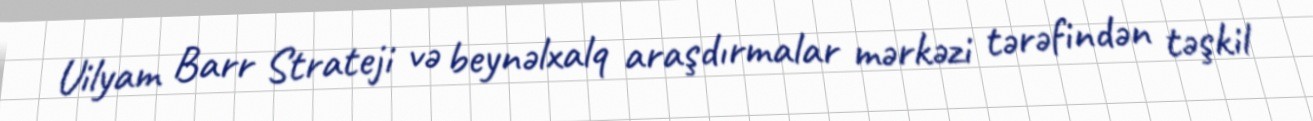
Uilyam Barr Strateji və beynəlxalq araşdırmalar mərkəzi tərəfindən təşkil